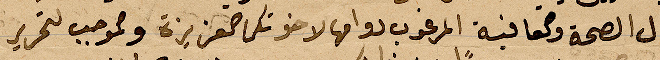
كمال الصحة والعافية والمرغوب دوامها لاخوتكما العزيزة وبموجب لتحرير